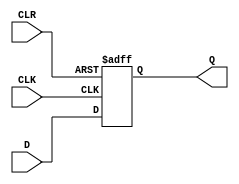
module d_flip_flop (
    input D,
    input CLK,
    input CLR,
    output reg Q
);

always @(posedge CLK or negedge CLR)
begin
    if (~CLR)
        Q <= 0;
    else
        Q <= D;
end

endmodule